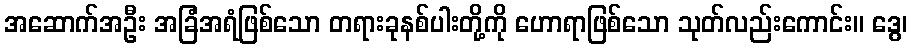
အဆောက်အဦး အခြံအရံဖြစ်သော တရားခုနစ်ပါးတို့ကို ဟောရာဖြစ်သော သုတ်လည်းကောင်း။ ဒွေ၊